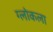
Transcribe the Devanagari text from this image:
ग्लोकला